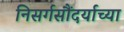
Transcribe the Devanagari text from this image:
निसर्गसौंदर्याच्या